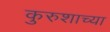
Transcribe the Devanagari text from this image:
कुरुशाच्या